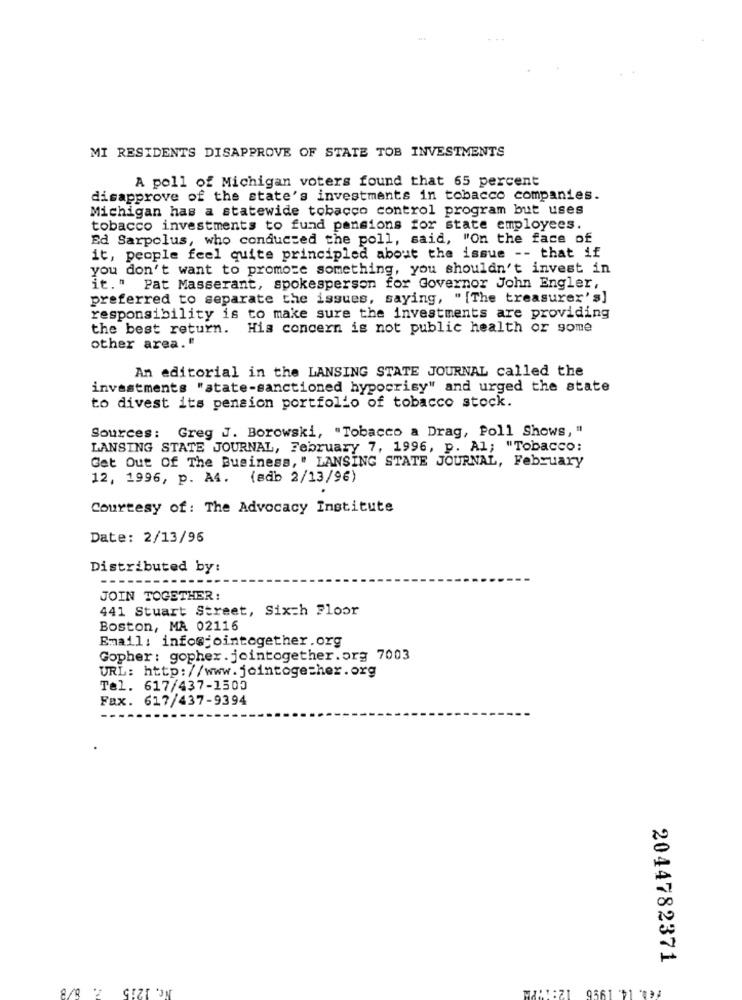
MI RESIDENTS DISAPPROVE OF STATE TOB INVESTMENTS
A poll of Michigan voters found that 65 percent
disapprove of the state's investments in tobacco companies.
Michigan has a statewide tobacco control program but uses
tobacco investments to fund pensions for state employees.
Ed Sarpolus, who conducted the poll, said, "On the face of
it, people feel quite principled about the issue -- that if
you don't want to promote something, you shouldn't invest in
it." Pat Masserant, spokesperson for Governor John Engler,
preferred to separate the issues, saying, "[The treasurer's]
responsibility is to make sure the investments are providing
the best return. His concern is not public health or some
other area."
An editorial in the LANSING STATE JOURNAL called the
investments "atate-sanctioned hypocrisy" and urged the state
to divest its pension portfolio of tobacco stock.
Sources: Greg J. Borowski, "Tobacco a Drag, Poll Shows, "
LANSING STATE JOURNAL, February 7, 1996, p. Al; "Tobacco:
Get Out Of The Business, " LANSING STATE JOURNAL, February
12, 1996, p. A4. (sdb 2/13/96)
Courtesy of: The Advocacy Institute
Date: 2/13/96
Distributed by:
JOIN TOGETHER:
441 Stuart Street, Sixth Floor
Boston, MA 02116
Email: info@jointogether.org
Gopher: gopher . jointogether.org 7003
URL: http://www.jointogether. org
Tel. 617/437-1500
Fax. 617/437-9394
2044782371
FED. 14. 1996
GIZI ON